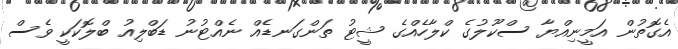
އެގޮތުން އަމީނިއްޔާ ސްކޫލުގެ ކްލާހެއްގެ ޝީޓު ތަންގަނޑެއް ނެއްޓުނު ޑަބްލިއު ބްލޮކަކީ ވެސް